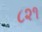
૮૨૧